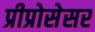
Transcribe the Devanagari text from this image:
प्रीप्रोसेसर